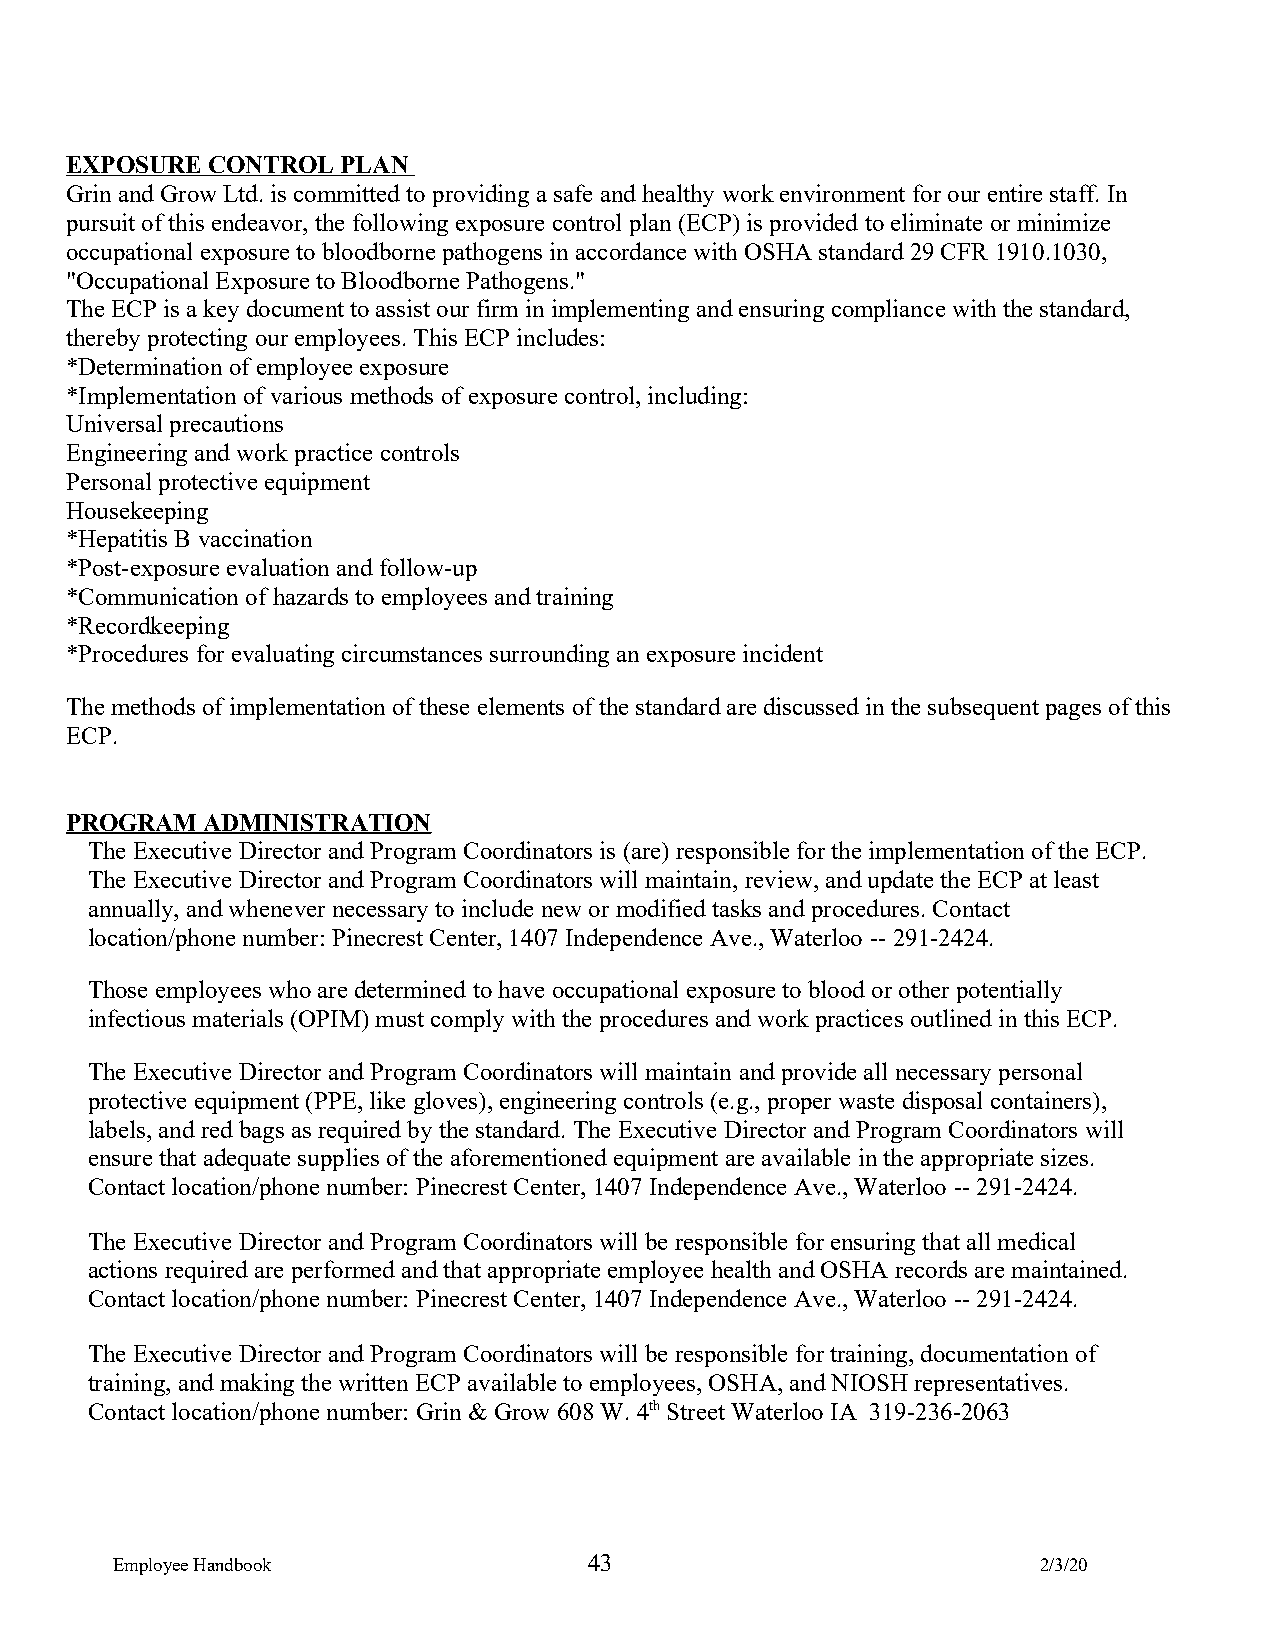
EXPOSURE  CONTROL  PLAN
 Grin and Grow Ltd. is committed to providing a safe and healthy work environment for our entire staff. In
 pursuit of this endeavor, the following exposure control plan (ECP) is provided to eliminate or minimize
 occupational exposure to bloodborne pathogens in accordance with OSHA standard 29 CFR 1910.1030,
 "Occupational Exposure to Bloodborne Pathogens."
 The ECP is a key document to assist our firm in implementing and ensuring compliance with the standard,
 thereby protecting our employees. This ECP includes:
 *Determination of employee exposure
 *Implementation of various methods of exposure control, including:
 Universal precautions
 Engineering and work practice controls
 Personal protective equipment
 Housekeeping
 *Hepatitis B vaccination
 *Post-exposure evaluation and follow-up
 *Communication of hazards to employees and training
 *Recordkeeping
 *Procedures for evaluating circumstances surrounding an exposure incident
 The methods of implementation of these elements of the standard are discussed in the subsequent pages of this
 ECP.
 PROGRAM  ADMINISTRATION
 The Executive Director and Program Coordinators is (are) responsible for the implementation of the ECP.
 The Executive Director and Program Coordinators will maintain, review, and update the ECP at least
 annually, and whenever necessary to include new or modified tasks and procedures. Contact
 location/phone number: Pinecrest Center, 1407 Independence Ave., Waterloo -- 291-2424.
 Those employees who are determined to have occupational exposure to blood or other potentially
 infectious materials (OPIM) must comply with the procedures and work practices outlined in this ECP.
 The Executive Director and Program Coordinators will maintain and provide all necessary personal
 protective equipment (PPE, like gloves), engineering controls (e.g., proper waste disposal containers),
 labels, and red bags as required by the standard. The Executive Director and Program Coordinators will
 ensure that adequate supplies of the aforementioned equipment are available in the appropriate sizes.
 Contact location/phone number: Pinecrest Center, 1407 Independence Ave., Waterloo -- 291-2424.
 The Executive Director and Program Coordinators will be responsible for ensuring that all medical
 actions required are performed and that appropriate employee health and OSHA records are maintained.
 Contact location/phone number: Pinecrest Center, 1407 Independence Ave., Waterloo -- 291-2424.
 The Executive Director and Program Coordinators will be responsible for training, documentation of
 training, and making the written ECP available to employees, OSHA, and NIOSH representatives.
 Contact location/phone number: Grin & Grow 608 W. 4th Street Waterloo IA 319-236-2063
 Employee Handbook               43                            2/3/20